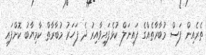
ތެރެއިން ފަސް މުބާރާތެއްގެ ފައިނަލް ކުޅެފައިވާއިރު ދެ ފަހަރު މުބާރާތް ކާމިޔާބު ކޮށްފައި